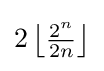
2\left\lfloor {\tfrac {2^{n}}{2n}}\right\rfloor